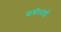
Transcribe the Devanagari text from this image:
छबीभाई